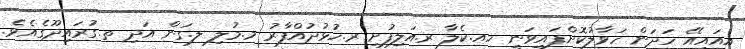
އީއައިއޭ ހަދަން ހަވާލުކޮށްފައިވަނީ ހއ.ކެލާ ރ.އަލިފުށި ރ.ހުޅުދުއްފާރު މ.މުލި ލ.ގަން އަދި ތ.ގުރައިދޫގެއެވެ.